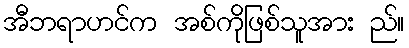
အီဘရာဟင်က အစ်ကိုဖြစ်သူအား ည်။